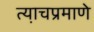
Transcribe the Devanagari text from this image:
त्या़चप्रमाणे